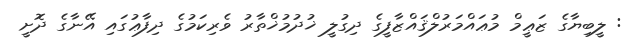
: ލީބިޔާގެ ޒަޢީމް މުޢައްމަރުލްޤައްޒާފީގެ ދިގުލީ ޚުދުމުޚްތާރު ވެރިކަމުގެ ދިފާޢުގައި އޭނާގެ ދޮށީ